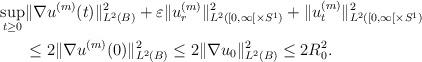
LaTeX: \begin{align*} \sup_{t\ge 0}&\|\nabla u^{(m)}(t)\|^2_{L^2(B)} +\varepsilon\|u^{(m)}_r\|^2_{L^2([0,\infty[\times S^1)} +\|u^{(m)}_t\|^2_{L^2([0,\infty[\times S^1)}\\ &\le 2\|\nabla u^{(m)}(0)\|^2_{L^2(B)}\le 2\|\nabla u_0\|^2_{L^2(B)}\le 2R_0^2. \end{align*}